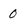
Character: 0